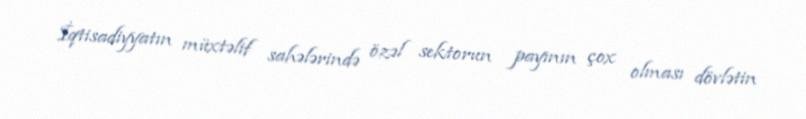
İqtisadiyyatın müxtəlif sahələrində özəl sektorun payının çox olması dövlətin